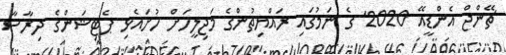
ޗޭންޖް އެންޑީއޭ 2020' ގެ ނަމުގައި ރައްޔިތުންގެ މަޖިލީހަށް ހުށައެޅި ޕެޓިޝަންގެ ދިރާސާ